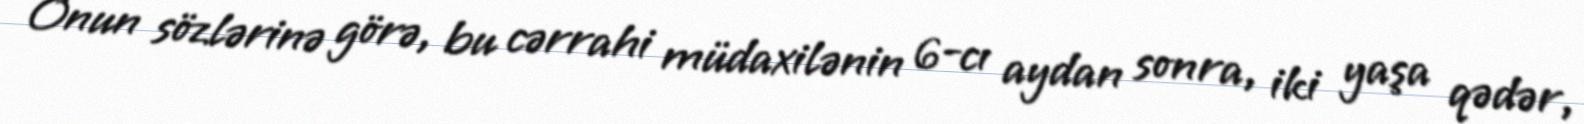
Onun sözlərinə görə, bu cərrahi müdaxilənin 6-cı aydan sonra, iki yaşa qədər,